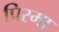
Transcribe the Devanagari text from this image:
प्रिस्मा